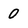
Character: 0